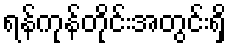
ရန်ကုန်တိုင်းအတွင်းရှိ